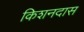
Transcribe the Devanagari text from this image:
किशनदास